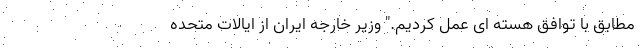
مطابق با توافق هسته ای عمل كردیم." وزیر خارجه ایران از ایالات متحده